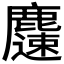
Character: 𪋝